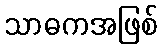
သာဓကအဖြစ်